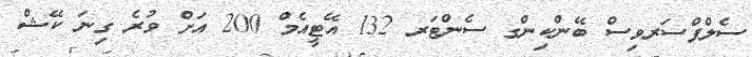
ސެލްފްސަރވިސް ބޭންކިންގ ސެންޓަރ 132 އޭޓީއެމް 200 އަށް ވުރެ ގިނަ ކޭޝް